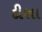
દીશા